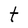
Character: t